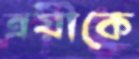
ত্রয়ীকে